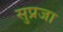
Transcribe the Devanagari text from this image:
सुप्रजा